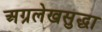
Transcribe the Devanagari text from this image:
अग्रलेखसुद्धा